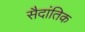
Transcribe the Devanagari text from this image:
सैदांतिक